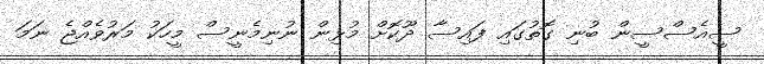
ސީއެސްސީން ބުނި ގޮތުގައި ފައިސާ ދޫކޮށް މުޅިން ނުނިމެނީސް މީހަކު މަރުވެއްޖެ ނަމަ